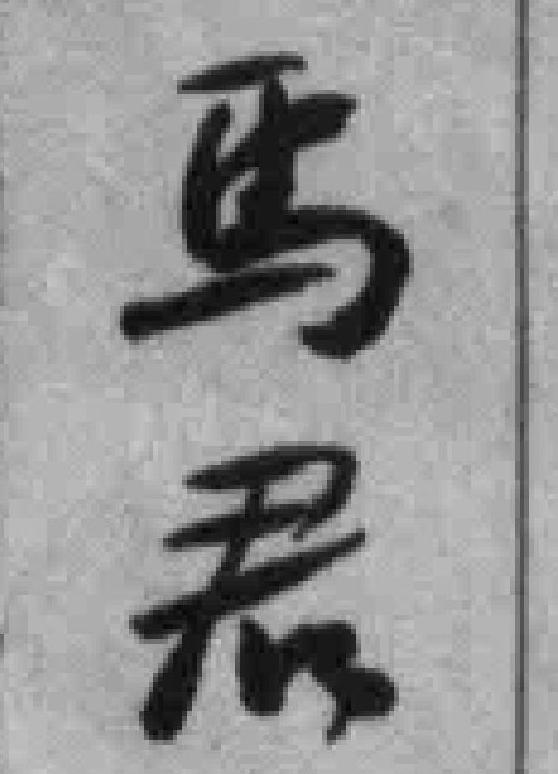
馬君